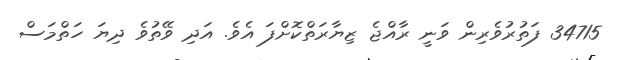
34715 ފަތުރުވެރިން ވަނީ ރާއްޖެ ޒިޔާރަތްކޮށްފަ އެވެ. އަދި ވޭތުވެ ދިޔަ ހަތްމަސް